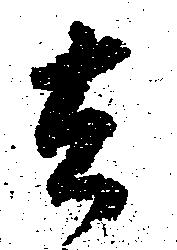
去